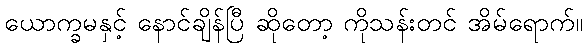
ယောက္ခမနှင့် နောင်ချိန်ပြီ ဆိုတော့ ကိုသန်းတင် အိမ်ရောက်။